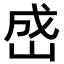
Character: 𪨯